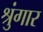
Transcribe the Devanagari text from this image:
श्रुंगार